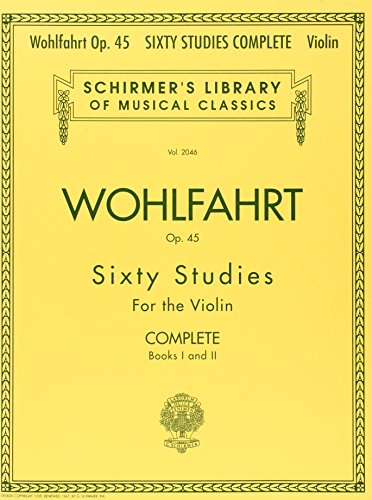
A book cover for Franz Wohlfahrt - 60 Studies, Op. 45 Complete: Books 1 and 2 for Violin (Schirmer's Library of Musical Classics); Humor & Entertainment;